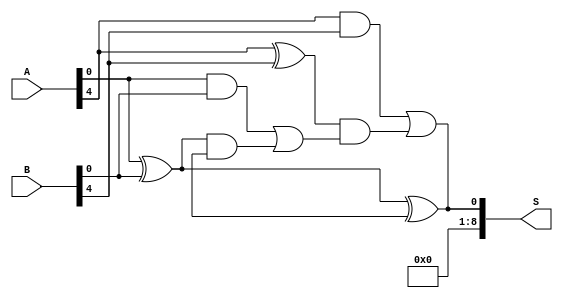
module HanCarlsonAdder #(parameter N = 8) (
    input  [N-1:0] A,    // First n-bit number
    input  [N-1:0] B,    // Second n-bit number
    output [N:0] S       // Sum output (n+1 bits, includes carry out)
);
    localparam GROUP_SIZE = 4; // Group size for the adder

    // Intermediate signals
    wire [N/GROUP_SIZE-1:0] G; // Generate signals
    wire [N/GROUP_SIZE-1:0] P; // Propagate signals
    wire [N/GROUP_SIZE:0] C;    // Carry signals
    wire [N-1:0] sum_group [0:N/GROUP_SIZE-1]; // Sum for each group

    // Carry generation and propagation
    generate
        genvar i;
        for (i = 0; i < N/GROUP_SIZE; i = i + 1) begin : group
            // Generate and propagate signals for the group
            assign G[i] = A[i*GROUP_SIZE +: GROUP_SIZE] & B[i*GROUP_SIZE +: GROUP_SIZE];
            assign P[i] = A[i*GROUP_SIZE +: GROUP_SIZE] ^ B[i*GROUP_SIZE +: GROUP_SIZE];
        
            // Calculate carry out for each group
            assign C[i+1] = G[i] | (P[i] & C[i]);
        
            // Calculate sum for each group
            assign sum_group[i] = P[i] ^ C[i];
        end
    endgenerate

    // Final sum and carry out
    assign S[N-1:0] = sum_group[0];
    assign S[N:0] = C[N/GROUP_SIZE];

    // Handle the last group's sum outputs
    generate
        for (i = 1; i < N/GROUP_SIZE; i = i + 1) begin : final_sum
            assign S[(i+1)*GROUP_SIZE-1 -: GROUP_SIZE] = sum_group[i];
        end
    endgenerate

endmodule